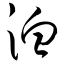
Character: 洫